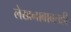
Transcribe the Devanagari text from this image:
लेखनाबाबतही